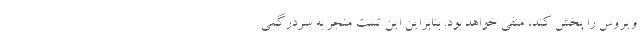
ویروس را پخش کند، منفی خواهد بود. بنابراین این تست منجر به سردرگمی